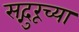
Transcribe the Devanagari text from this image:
सद्गुरूच्या